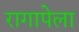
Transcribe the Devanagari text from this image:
रागापेला